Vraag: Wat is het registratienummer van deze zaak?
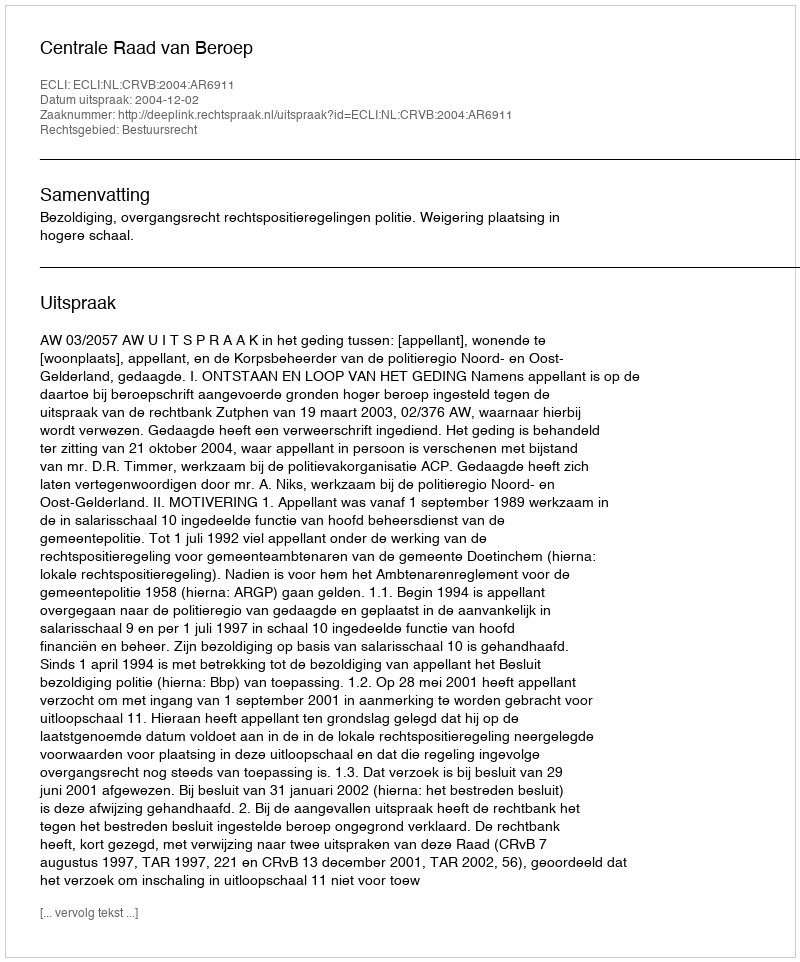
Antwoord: http://deeplink.rechtspraak.nl/uitspraak?id=ECLI:NL:CRVB:2004:AR6911